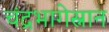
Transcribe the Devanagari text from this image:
चंद्रभागेस्नान